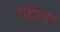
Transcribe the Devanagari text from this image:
तदोत्तर